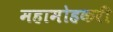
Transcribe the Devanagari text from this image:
महामोहकरी